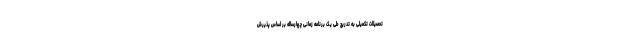
تحصیلات تکمیلی به تدریج طی یک برنامه زمانی چهارساله بر اساس پذیرش